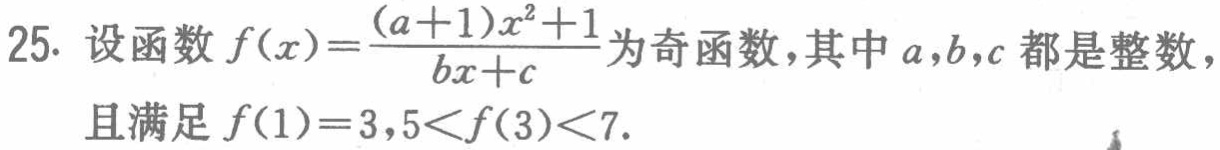
25. 设函数\(f(x)=\frac{(a + 1)x^{2}+1}{bx + c}\)为奇函数，其中\(a,b,c\)都是整数，且满足\(f(1)=3,5<f(3)<7\).